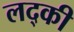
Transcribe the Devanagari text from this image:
लद्की